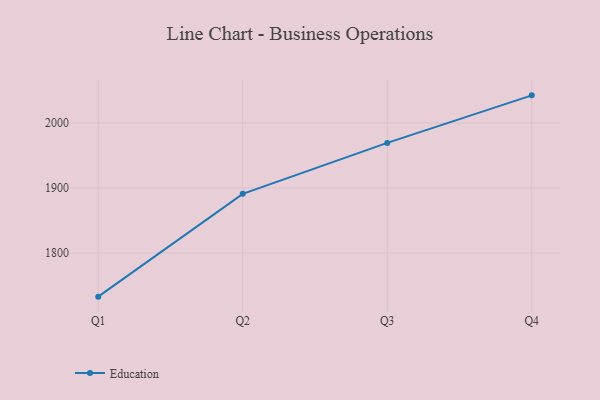
{"axis": {"x": "Quarter", "y": "Demand Index"}, "legend": ["Education"], "data": [{"x": "Q1", "y": 1732.8, "type": "Education"}, {"x": "Q2", "y": 1891.0, "type": "Education"}, {"x": "Q3", "y": 1969.3, "type": "Education"}, {"x": "Q4", "y": 2042.5, "type": "Education"}]}